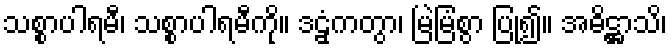
သစ္စာပါရမီ၊ သစ္စာပါရမီကို။ ဒဠှံကတွာ၊ မြဲမြံစွာ ပြု၍။ အဓိဋ္ဌာသိ၊